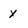
Character: X